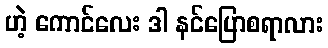
ဟဲ့ ကောင်လေး ဒါ နင်ပြောစရာလား